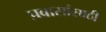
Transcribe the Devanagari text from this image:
प्रवासांसाठी